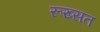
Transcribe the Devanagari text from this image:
रूख्सत